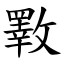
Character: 斁